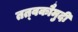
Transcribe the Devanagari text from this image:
तत्‍वकौमुदी